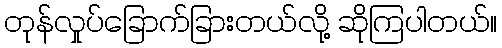
တုန်လှုပ်ခြောက်ခြားတယ်လို့ ဆိုကြပါတယ်။